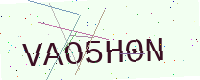
Text: VAO5H0N